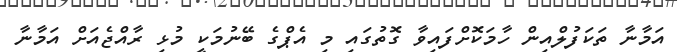
އަމާނާ ތަކަފުލްއިން ހާމަކޮށްފައިވާ ގޮތުގައި މި އެޕްގެ ބޭނުމަކީ މުޅި ރާއްޖެއަށް އަމާނާ